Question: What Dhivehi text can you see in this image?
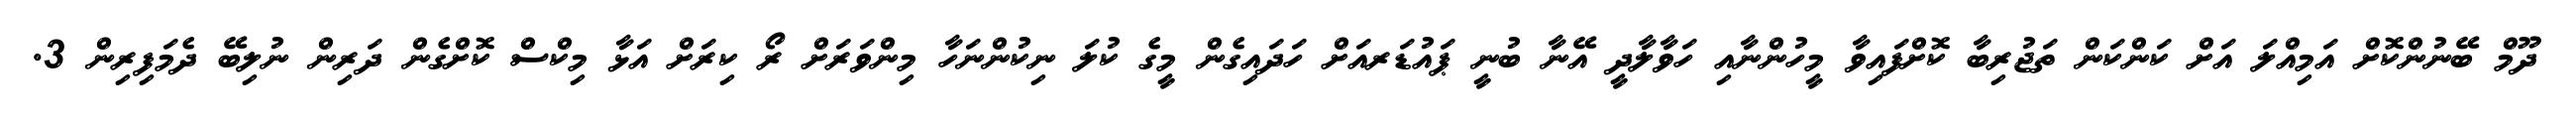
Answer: ދޫމް ބޭނުންކޮށް އަމިއްލަ އަށް ކަންކަން ތަޖުރިބާ ކޮށްފައިވާ މީހުންނާއި ހަވާލާދީ އޭނާ ބުނީ ޕައުޑަރއަށް ހަދައިގެން މީގެ ކުލަ ނިކުންނަހާ މިންވަރަށް ރޯ ކިރަށް އަޅާ މިކްސް ކޮށްގެން ދަރިން ނުލިބޭ ދެމަފިރިން 3.